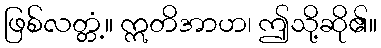
ဖြစ်လတ္တံ့။ ဣတိအာဟ၊ ဤသို့ဆို၏။